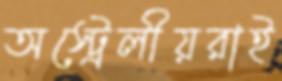
অস্ট্রেলীয়রাই